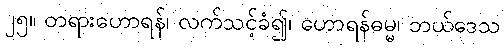
၂၅။ တရားဟောရန်၊ လက်သင့်ခံ၍၊ ဟောရန်ဓမ္မ၊ ဘယ်ဒေသ